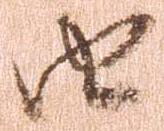
由